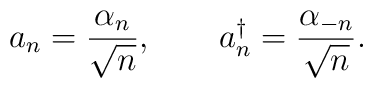
a_n=\frac{\alpha_n}{\sqrt{n}},\qquad a^{\dag}_{n}=\frac{\alpha_{-n}}{\sqrt{n}}.